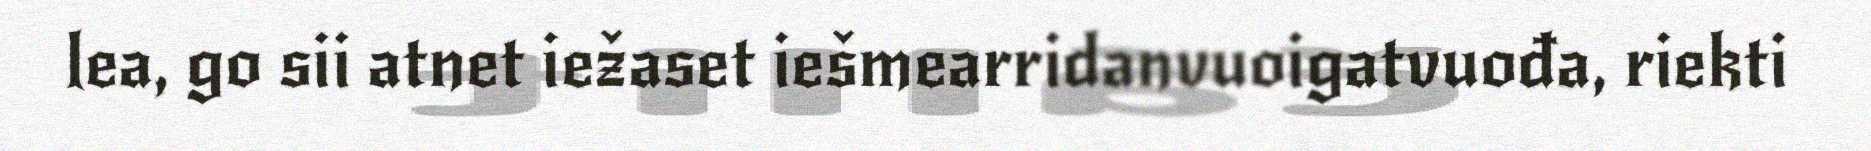
lea, go sii atnet iežaset iešmearridanvuoigatvuođa, riekti